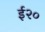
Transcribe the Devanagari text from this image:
ई२०